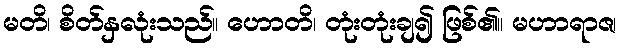
မတိ၊ စိတ်နှလုံးသည်။ ဟောတိ၊ တုံးတုံးချ၍ ဖြစ်၏။ မဟာရာဇ၊